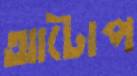
আটোপ